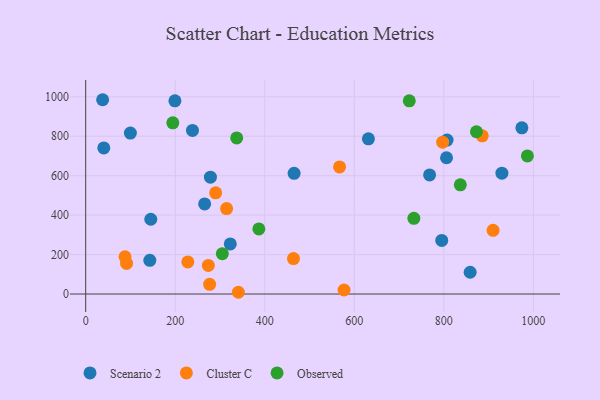
{"axis": {"x": "Ad Spend", "y": "Rating"}, "legend": ["Cluster C", "Observed", "Scenario 2"], "data": [{"x": "199.3", "y": 979.3, "type": "Scenario 2"}, {"x": "99.8", "y": 815.8, "type": "Scenario 2"}, {"x": "40.4", "y": 740.8, "type": "Scenario 2"}, {"x": "145.4", "y": 379.2, "type": "Scenario 2"}, {"x": "929.7", "y": 612.9, "type": "Scenario 2"}, {"x": "37.8", "y": 985.1, "type": "Scenario 2"}, {"x": "465.5", "y": 612.2, "type": "Scenario 2"}, {"x": "858.8", "y": 110.3, "type": "Scenario 2"}, {"x": "795.3", "y": 271.7, "type": "Scenario 2"}, {"x": "265.7", "y": 456.9, "type": "Scenario 2"}, {"x": "278.6", "y": 592.6, "type": "Scenario 2"}, {"x": "323.0", "y": 254.2, "type": "Scenario 2"}, {"x": "974.3", "y": 842.7, "type": "Scenario 2"}, {"x": "807.2", "y": 780.3, "type": "Scenario 2"}, {"x": "238.5", "y": 829.6, "type": "Scenario 2"}, {"x": "631.5", "y": 786.9, "type": "Scenario 2"}, {"x": "143.2", "y": 170.8, "type": "Scenario 2"}, {"x": "806.0", "y": 690.8, "type": "Scenario 2"}, {"x": "768.2", "y": 603.8, "type": "Scenario 2"}, {"x": "341.0", "y": 8.9, "type": "Cluster C"}, {"x": "87.9", "y": 188.7, "type": "Cluster C"}, {"x": "885.8", "y": 802.3, "type": "Cluster C"}, {"x": "273.9", "y": 144.9, "type": "Cluster C"}, {"x": "910.0", "y": 323.1, "type": "Cluster C"}, {"x": "276.8", "y": 49.3, "type": "Cluster C"}, {"x": "464.1", "y": 180.0, "type": "Cluster C"}, {"x": "797.4", "y": 769.7, "type": "Cluster C"}, {"x": "228.1", "y": 162.8, "type": "Cluster C"}, {"x": "290.3", "y": 513.2, "type": "Cluster C"}, {"x": "91.3", "y": 155.4, "type": "Cluster C"}, {"x": "567.1", "y": 644.6, "type": "Cluster C"}, {"x": "577.1", "y": 20.4, "type": "Cluster C"}, {"x": "314.7", "y": 433.2, "type": "Cluster C"}, {"x": "836.8", "y": 553.5, "type": "Observed"}, {"x": "872.8", "y": 822.8, "type": "Observed"}, {"x": "733.0", "y": 384.0, "type": "Observed"}, {"x": "194.6", "y": 867.9, "type": "Observed"}, {"x": "386.8", "y": 330.2, "type": "Observed"}, {"x": "722.8", "y": 979.6, "type": "Observed"}, {"x": "986.6", "y": 700.3, "type": "Observed"}, {"x": "337.3", "y": 791.6, "type": "Observed"}, {"x": "305.2", "y": 204.8, "type": "Observed"}]}